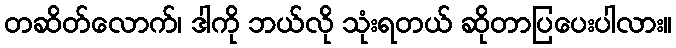
တဆိတ်လောက်၊ ဒါကို ဘယ်လို သုံးရတယ် ဆိုတာပြပေးပါလား။